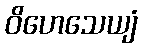
ဝိဟေသေယျံ